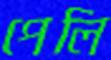
পেলি